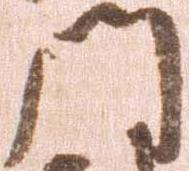
門